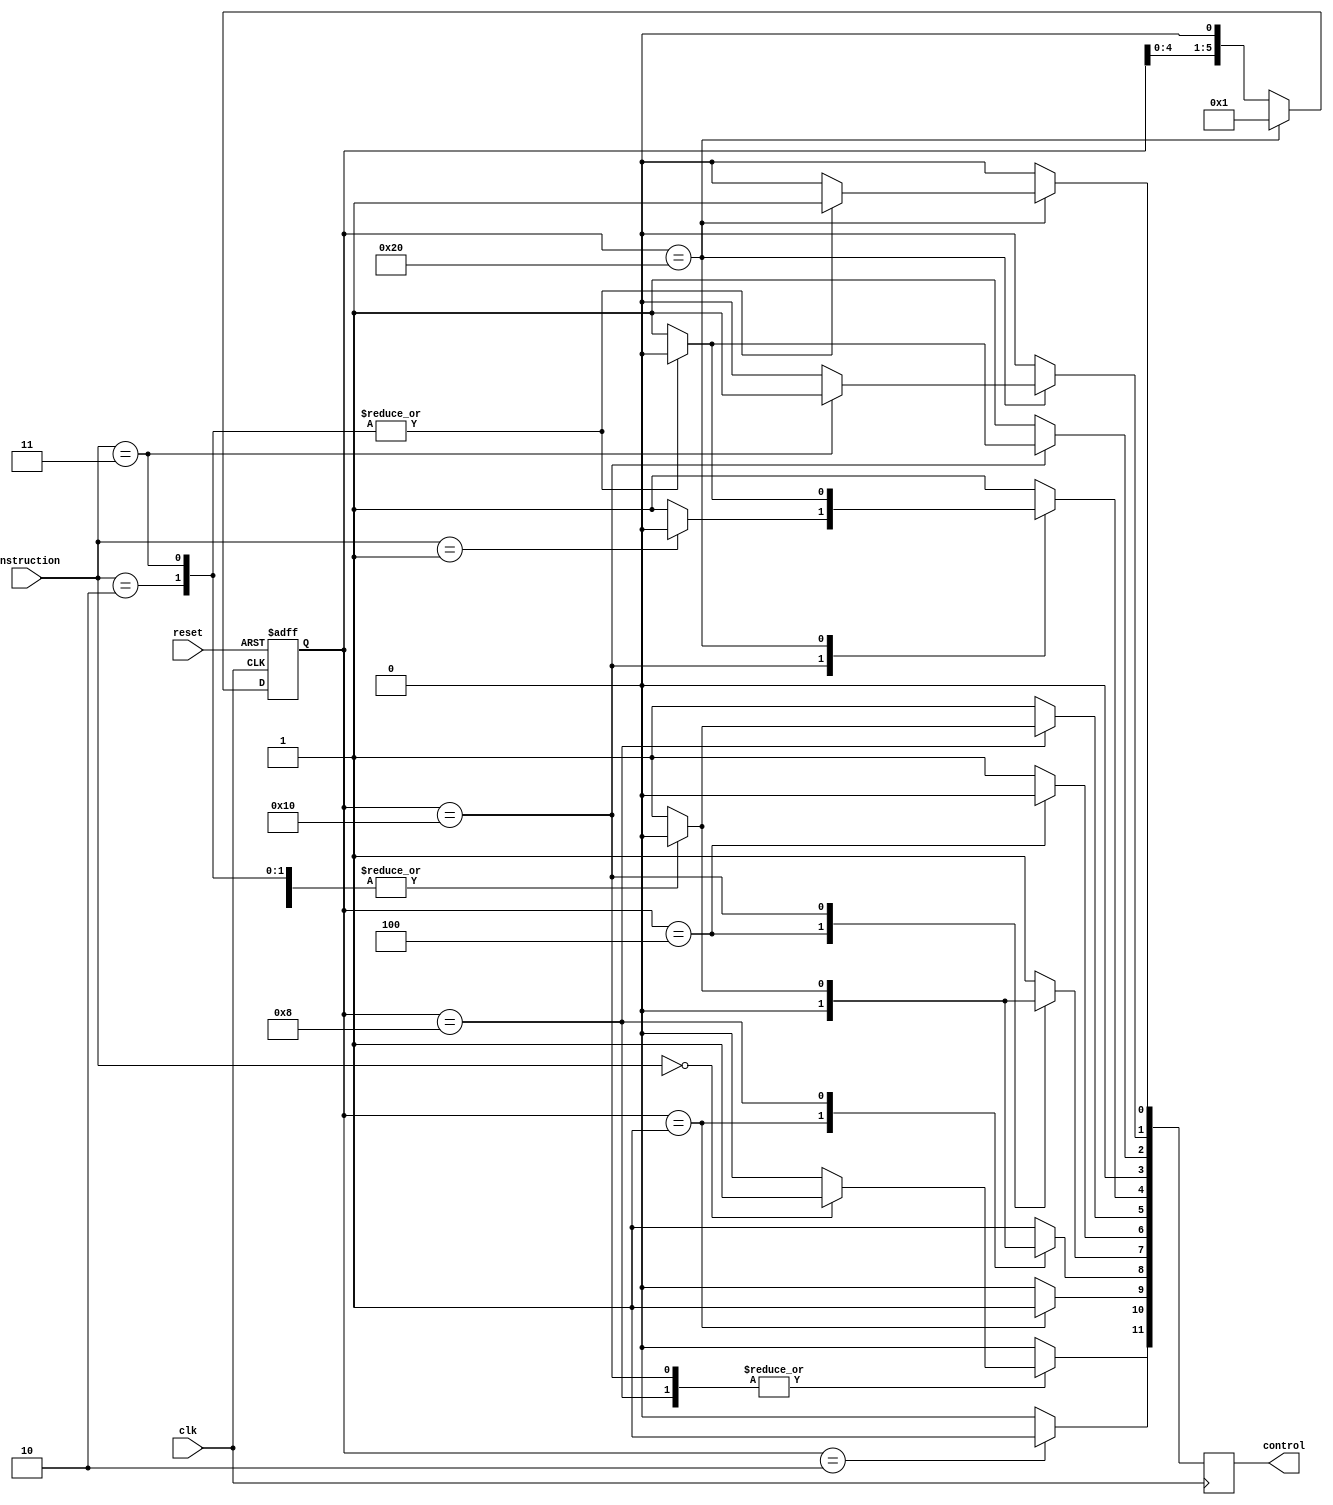
// CONTROL SEQUENCER

module controller( input [3:0] instruction,
						 input clk,
						 input reset,
						 output[11:0] control);
		
		reg [11:0] ctrl_reg; //USED TO MODIFY THE SIGNALS SO THAT IT CAN BE OUTPUTTED IN THE END
		
		
		//12 BIT CONTROL SIGNAL FOR ALL MODULES IN SAP-1
		
		localparam HALT_BIT     = 11; // ACTIVE HIGH SIGNAL
		localparam PC_COUNT_BIT = 10; // ACTIVE HIGH SIGNAL
		localparam PC_EN_BIT    =  9; // ACTIVE HIGH SIGNAL
		localparam MEM_LOAD_BIT =  8; // ACTIVE LOW SIGNAL
		localparam MEM_EN_BIT   =  7; // ACTIVE LOW SIGNAL
		localparam IR_LOAD_BIT  =  6; // ACTIVE LOW SIGNAL
		localparam IR_EN_BIT    =  5; // ACTIVE LOW SIGNAL
		localparam A_LOAD_BIT   =  4; // ACTIVE LOW SIGNAL
		localparam A_EN_BIT     =  3; // ACTIVE HIGH SIGNAL
		localparam B_LOAD_BIT   =  2; // ACTIVE LOW SIGNAL
		localparam ALU_OP_BIT   =  1; // 0 -> ADD, 1 -> SUB
		localparam ALU_EN_BIT   =  0; // ACTIVE HIGH SIGNAL
		
		
		//OPCODES
		
		reg [5:0] ring_counter;
		
		localparam HLT = 4'b0000;
		localparam LDA = 4'b0001;
		localparam ADD = 4'b0010;
		localparam SUB = 4'b0011;
		
		always@ (negedge clk or negedge reset) begin
			
			if (!reset) begin
				ring_counter <= 6'b000001;
			end
			
			else begin
				if (ring_counter == 6'b100000) begin
					ring_counter <= 6'b000001;
				end
				
				else begin
					ring_counter <= ring_counter << 1;
				end
			end
			
		end
		
		
		
		// 6 CYCLES, FIRST 3 ARE FETCH CYCLES, LAST 3 ARE EXECUTION CYCLES
		
		always@ (posedge clk) begin
		
			ctrl_reg <= 12'b000111110100; //DEFAULT 12 BIT CONTROL SIGNAL WHEN EVERYTHING IS RESET
			
			case (ring_counter)
			
				6'b000001: begin //T1 STATE - 12'b001011110100
					ctrl_reg[PC_EN_BIT] <= 1; // ENABLE PROGRAM COUNTER TO OUTPUT ADDRESS ONTO BUS
					ctrl_reg[MEM_LOAD_BIT] <= 0; // LOAD IMAR TO STORE ADDRESS
					
				end
				
				6'b000010: begin //T2 STATE - 12'b010111110100
					ctrl_reg[PC_COUNT_BIT] <= 1; // INCREMENT COUNTER
				end
			
				6'b000100: begin //T3 STATE - 12'b000100110100;
					ctrl_reg[MEM_EN_BIT] <= 0; // ENABLE RAM TO FETCH DATA AT ADDRESS GIVEN BY IMAR AND OUTPUT ONTO BUS
					ctrl_reg[IR_LOAD_BIT] <= 0; // LOAD INSTRUCTION REGISTER WITH DATA ON BUS
					
				end
				
				6'b001000: begin //T4 STATE
					
					case (instruction)
						HLT: begin
							ctrl_reg[HALT_BIT] <= 1; // HALT THE PROGRAM
						end
						
						LDA: begin //12'b000011010100
							ctrl_reg[IR_EN_BIT] <= 0; // ALLOW INSTRUCTION REGISTER TO OUTPUT OPCODE AND OPERAND ONTO BUS
							ctrl_reg[MEM_LOAD_BIT] <= 0; // LOAD DATA FROM MEMORY SO OPERAND CAN BE FETCHED
						end
						
						ADD: begin
							ctrl_reg[IR_EN_BIT] <= 0; // ALLOW INSTRUCTION REGISTER TO OUTPUT OPCODE AND OPERAND ONTO BUS
							ctrl_reg[MEM_LOAD_BIT] <= 0; // LOAD DATA FROM MEMORY SO OPERAND CAN BE FETCHED
						end
						
						SUB: begin
							ctrl_reg[IR_EN_BIT] <= 0; // ALLOW INSTRUCTION REGISTER TO OUTPUT OPCODE AND OPERAND ONTO BUS
							ctrl_reg[MEM_LOAD_BIT] <= 0; // LOAD DATA FROM MEMORY SO OPERAND CAN BE FETCHED
						end
					endcase
				end
			
				6'b010000: begin //T5 STATE
					
					case (instruction)
						HLT: begin
							ctrl_reg[HALT_BIT] <= 1;
						end
						
						LDA: begin
							ctrl_reg[MEM_EN_BIT] <= 0; // OPERAND IS OUTPUTTED ONTO BUS AND STORED INTO REGISTER A
							ctrl_reg[A_LOAD_BIT] <= 0; // LOAD A WITH CONTENTS ON BUS
						end
						
						ADD: begin
							ctrl_reg[MEM_EN_BIT] <= 0; // OPERAND IS OUTPUTTED ONTO BUS AND STORED INTO REGISTER B
							ctrl_reg[B_LOAD_BIT] <= 0; // LOAD B WITH CONTENTS ON BUS
						end
						
						SUB: begin
							ctrl_reg[MEM_EN_BIT] <= 0; // OPERAND IS OUTPUTTED ONTO BUS AND STORED INTO REGISTER B
							ctrl_reg[B_LOAD_BIT] <= 0; // LOAD A WITH CONTENTS ON BUS
						end
					endcase
				end
				
				6'b100000: begin //T6 STATE
				
					case(instruction)
						
						ADD: begin //12'b000111100101
							ctrl_reg[ALU_EN_BIT] <= 1; // ENABLE ALU TO OUTPUT DATA ONTO BUS -> DEFAULTS TO ADD INSTRUCTION
							ctrl_reg[A_LOAD_BIT] <= 0; // LOAD A REGISTER
						end
						
						SUB: begin
							ctrl_reg[ALU_OP_BIT] <= 1; // SUB INSTRUCTION
							ctrl_reg[ALU_EN_BIT] <= 1; // ENABLE ALU
							ctrl_reg[A_LOAD_BIT] <= 0; // LOAD A REGISTER
						end
					endcase
				end
		
		   endcase
			
		end
	
	assign control = ctrl_reg;
						 
						 
						 
endmodule